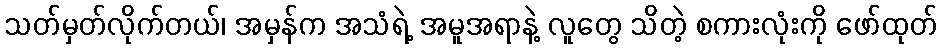
သတ်မှတ်လိုက်တယ်၊ အမှန်က အသံရဲ့ အမူအရာနဲ့ လူတွေ သိတဲ့ စကားလုံးကို ဖော်ထုတ်